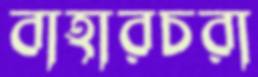
বাহারচরা